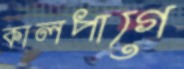
কালপাগে